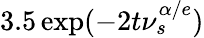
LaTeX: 3.5\exp(-2t\nu_{s}^{\alpha/e})